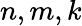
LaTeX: n,m,k